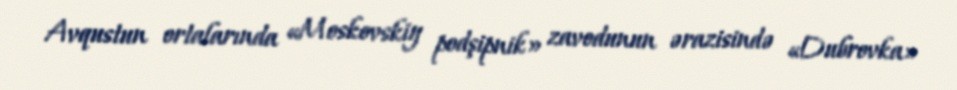
Avqustun ortalarında «Moskovskiy podşipnik» zavodunun ərazisində «Dubrovka»